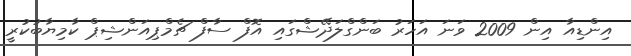
އިންޑިއާ އިން 2009 ވަނަ އަހަރު ބަންގްލަދޭޝްގައި އޮފް ސާފް ޗެމްޕިއަންޝިޕް ކާމިޔާބުކުރީ